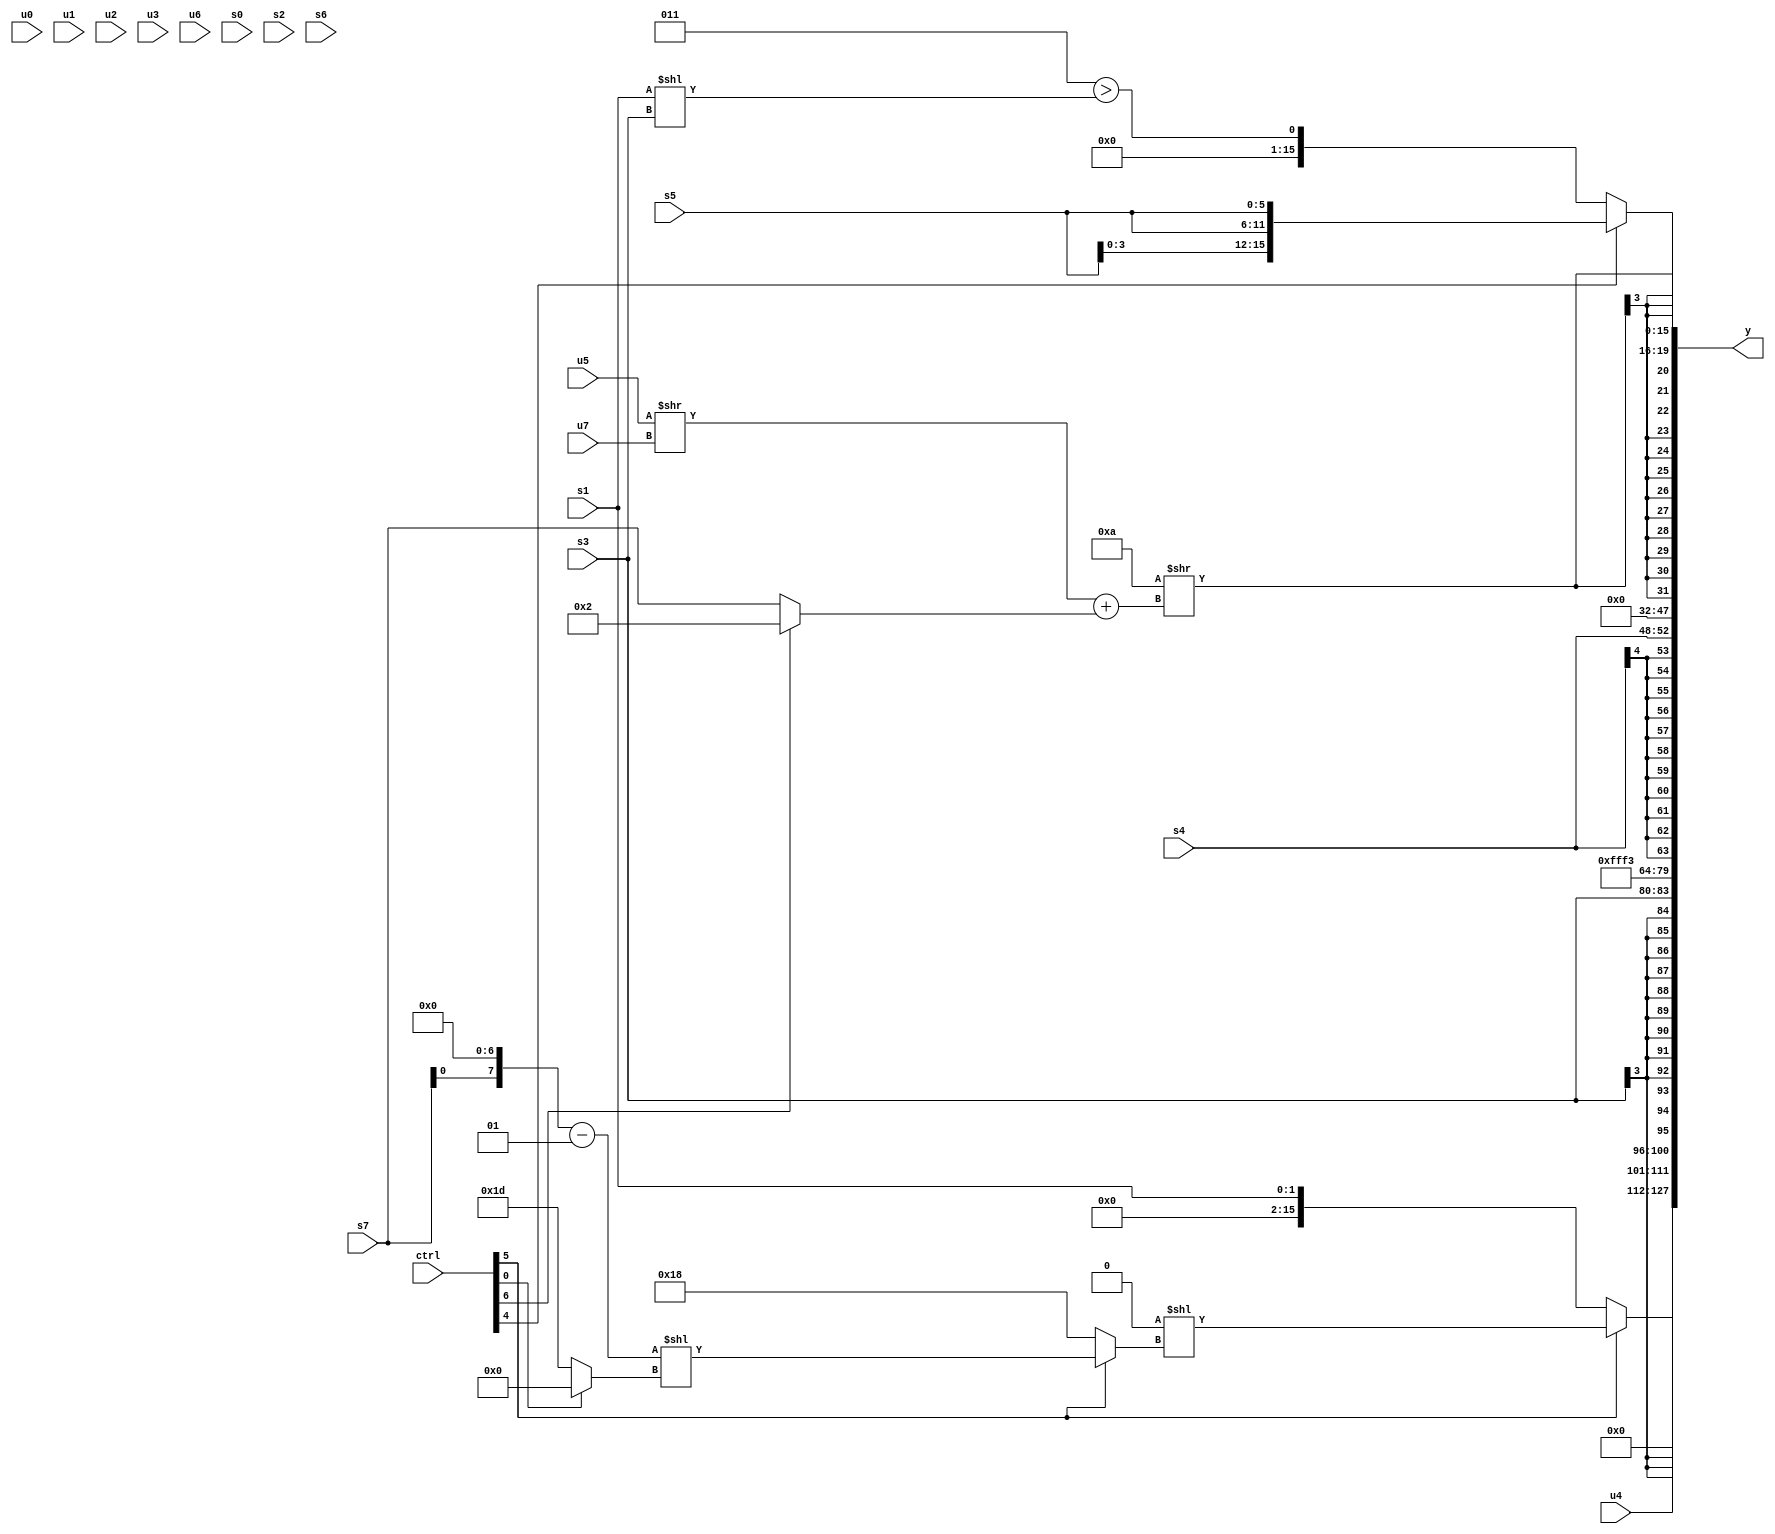
module wideexpr_00944(ctrl, u0, u1, u2, u3, u4, u5, u6, u7, s0, s1, s2, s3, s4, s5, s6, s7, y);
  input [7:0] ctrl;
  input [0:0] u0;
  input [1:0] u1;
  input [2:0] u2;
  input [3:0] u3;
  input [4:0] u4;
  input [5:0] u5;
  input [6:0] u6;
  input [7:0] u7;
  input signed [0:0] s0;
  input signed [1:0] s1;
  input signed [2:0] s2;
  input signed [3:0] s3;
  input signed [4:0] s4;
  input signed [5:0] s5;
  input signed [6:0] s6;
  input signed [7:0] s7;
  output [127:0] y;
  wire [15:0] y0;
  wire [15:0] y1;
  wire [15:0] y2;
  wire [15:0] y3;
  wire [15:0] y4;
  wire [15:0] y5;
  wire [15:0] y6;
  wire [15:0] y7;
  assign y = {y0,y1,y2,y3,y4,y5,y6,y7};
  assign y0 = (ctrl[5]?(((u2)>>($unsigned({1'b1,4'sb0100,s7})))<<(-(~(6'b111100))))<<((ctrl[5]?(((s7)<<(3'sb111))-(-(1'sb1)))<<((ctrl[0]?(s1)<<<(6'sb011110):5'sb11101)):6'sb011000)):$signed((ctrl[5]?((2'sb01)<<<($signed(3'sb101)))<<<(((s1)<<(s7))<((4'sb1010)>=(4'sb1100))):s1)));
  assign y1 = u4;
  assign y2 = s3;
  assign y3 = 5'sb10011;
  assign y4 = +(s4);
  assign y5 = &(-(4'sb0101));
  assign y6 = $signed((+((-($signed(4'sb0110)))>>(((u5)>>(u7))+((ctrl[6]?2'b10:s7)))))<<<({3{{1{2'sb00}}}}));
  assign y7 = (ctrl[4]?{4{s5}}:$signed($signed(-((3'sb011)>(($signed(s1))<<($signed(s3)))))));
endmodule